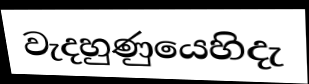
වැදහුණුයෙහිදැ